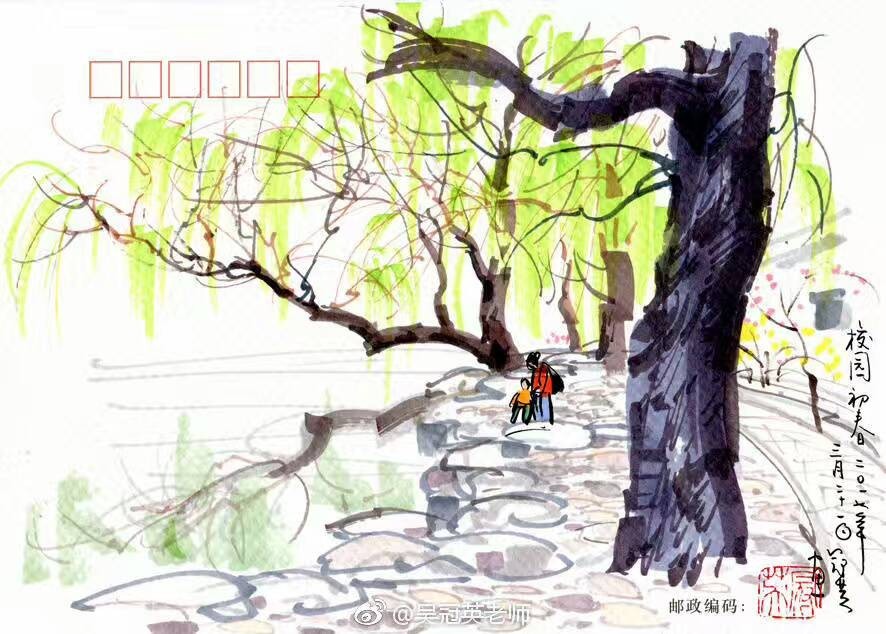
雨过横塘水满堤，乱山高下路东西。